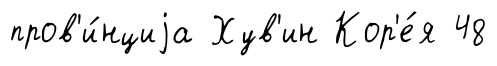
пров'и́нциjа Хув'ин Кор'е́я 48